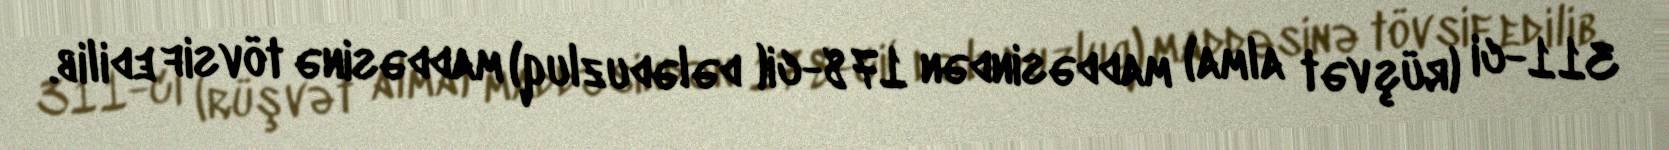
311-ci (rüşvət alma) maddəsindən 178-ci( dələduzluq) maddəsinə tövsif edilib.